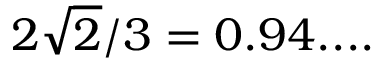
2 { \sqrt { 2 } } / 3 = 0 . 9 4 . . . .